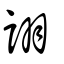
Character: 詡